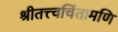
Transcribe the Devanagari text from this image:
श्रीतत्त्वचिंतामणि